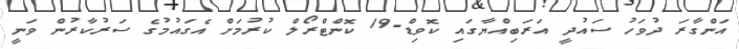
އަންގާރަ ދުވަހު ސައުދީ އަރަބިއްޔާގައި ކޮވިޑް-19 ކޮންޓްރޯލް ކުރުމަށް އެގައުމުގެ ސަރުކާރުން ވަނީ